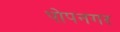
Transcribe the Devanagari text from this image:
पोपनगर